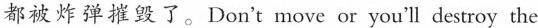
都被炸弹摧毁了.Don't move or you'll destroy the